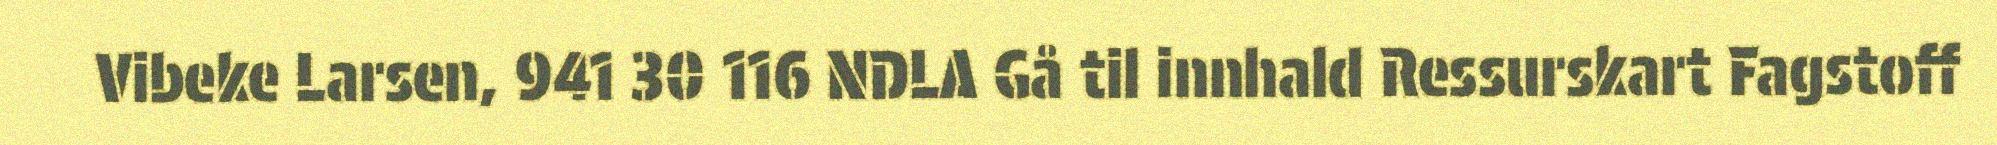
Vibeke Larsen, 941 30 116 NDLA Gå til innhald Ressurskart Fagstoff